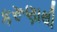
કરૂણાથી